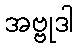
အဗ္ဗုဒါ